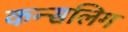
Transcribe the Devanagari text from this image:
कन्सलिग